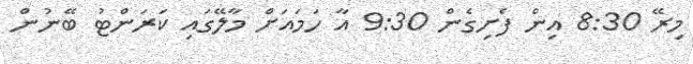
މިރޭ 8:30 އިން ފެށިގެން 9:30 އާ ހަމައަށް މާލޭގައި ކަރަންޓު ބޭނުން